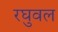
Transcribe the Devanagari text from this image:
रघुवल